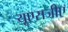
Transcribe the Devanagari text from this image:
यूएसजीए